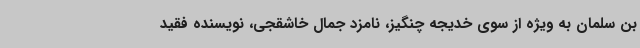
بن سلمان به ویژه از سوی خدیجه چنگیز، نامزد جمال خاشقجی، نویسنده فقید